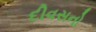
દીવસનો